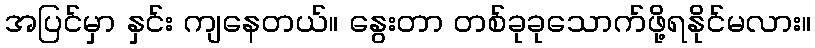
အပြင်မှာ နှင်း ကျနေတယ်။ နွေးတာ တစ်ခုခုသောက်ဖို့ရနိုင်မလား။